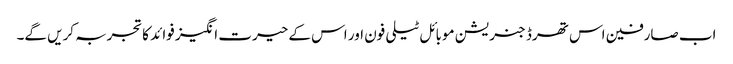
اب صارفین اس تھرڈ جنریشن موبائل ٹیلی فون اور اس کے حیرت انگیز فوائد کاتجربہ کریں گے۔